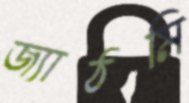
জ্যাঠমি